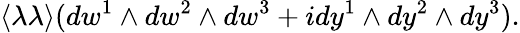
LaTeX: \langle\lambda\lambda\rangle(dw^{1}\wedge dw^{2}\wedge dw^{3}+idy^{1}\wedge dy^{2}\wedge dy^{3}).